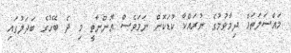
މައްސަލަތައް ދިމާވުމުގެ ނުރައްކާ ކުޑަކޮށް ނަމަވެސް އޮންނާތީ މި ދެ ބޭހުގެ ބަދަލުގައި